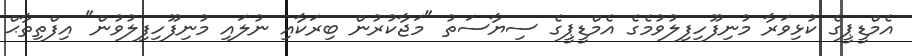
އެމްޑީޕީގެ ކުޅިވަރާ މުނިފޫހިފިލުވުމެގެ އެމްޑީޕީގެ ސިޔާސަތު "މަޖާކުރުން ބިރަކާއި ނުލައި މުނިފޫހިފިލުވުން" އިފްތިތާޙް